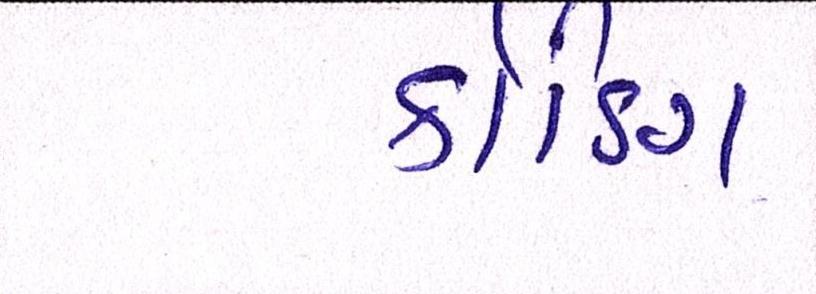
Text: કોડિંગ